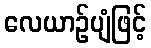
လေယာဉ်ပျံဖြင့်